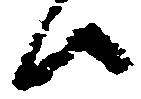
候